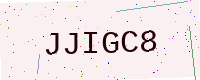
Text: JJIGC8